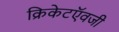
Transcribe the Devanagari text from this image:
क्रिकेटऍवजी